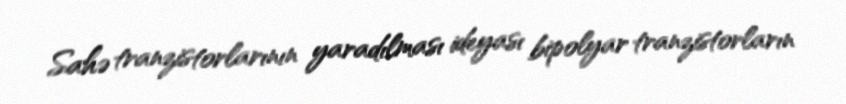
Sahə tranzistorlarının yaradılması ideyası bipolyar tranzistorların